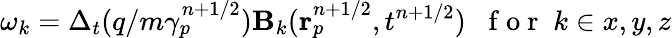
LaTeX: \omega_{k}=\Delta_{t}(q/m\gamma_{p}^{n+1/2})\mathbf{B}_{k}(\mathbf{r}_{p}^{n+1/2},t^{n+1/2})\; \; \mathrm{~f~o~r~}\; k\in{x,y,z}